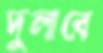
দুলাবে